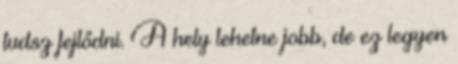
tudsz fejlődni. A hely lehetne jobb, de ez legyen